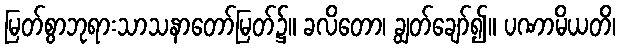
မြတ်စွာဘုရားသာသနာတော်မြတ်၌။ ခလိတော၊ ချွတ်ချော်၍။ ပဏာမိယတိ၊